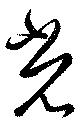
光